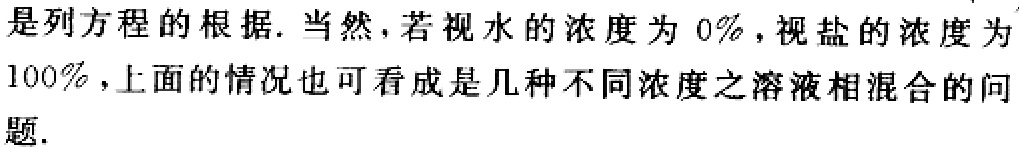
是列方程的根据. 当然，若视水的浓度为 \(0\%\)，视盐的浓度为 \(100\%\)，上面的情况也可看成是几种不同浓度之溶液相混合的问题.